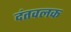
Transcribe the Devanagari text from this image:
दंतवलक